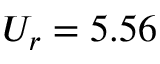
U _ { r } = 5 . 5 6